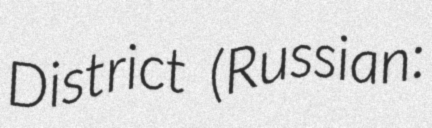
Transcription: District (Russian: